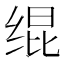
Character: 绲